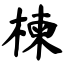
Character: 楝